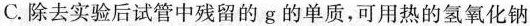
C.除去实验后试管中残留的g的单质，可用热的氢氧化钠